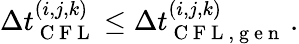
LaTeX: \Delta t_{\mathrm{~C~F~L~}}^{(i,j,k)}\le\Delta t_{\mathrm{~C~F~L~,~g~e~n~}}^{(i,j,k)}\, .